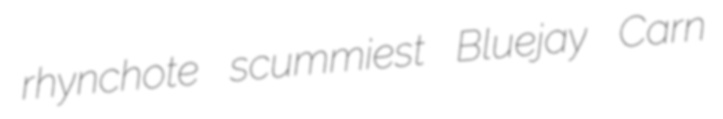
rhynchote scummiest Bluejay Carn